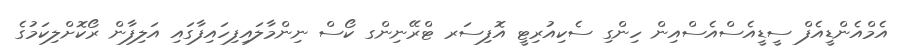
އެމްއެންޑީއެފް ސީޑީއެސްއެސްއިން ހިންގި ސެކިއުރިޓީ އޮފިސަރ ޓްރޭނިންގ ކޯސް ނިންމާލައިފިހައިފާގައި އަލިފާން ރޯކޮށްލިކަމުގެ